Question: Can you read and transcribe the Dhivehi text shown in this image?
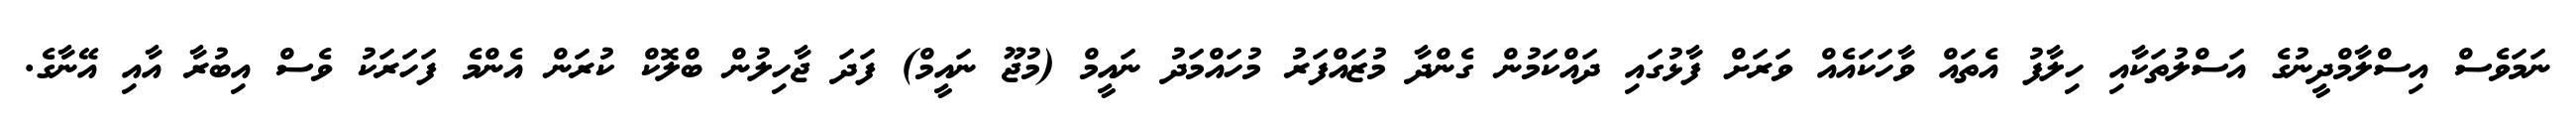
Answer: ނަމަވެސް އިސްލާމްދީނުގެ އަސްލުތަކާއި ހިލާފު އެތައް ވާހަކައެއް ވަރަށް ފާޅުގައި ދައްކަމުން ގެންދާ މުޒައްފަރު މުހައްމަދު ނައީމް (މުޖޫ ނައީމް) ފަދަ ޖާހިލުން ބްލޮކް ކުރަން އެންމެ ފަހަރަކު ވެސް އިބުރާ އާއި އޭނާގެ.